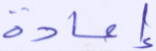
إعادة